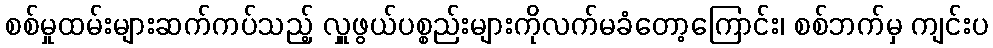
စစ်မှုထမ်းများဆက်ကပ်သည့် လှူဖွယ်ပစ္စည်းများကိုလက်မခံတော့ကြောင်း၊ စစ်ဘက်မှ ကျင်းပ